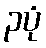
၃ပုံ